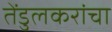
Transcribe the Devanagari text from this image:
तेंडुलकरांचा